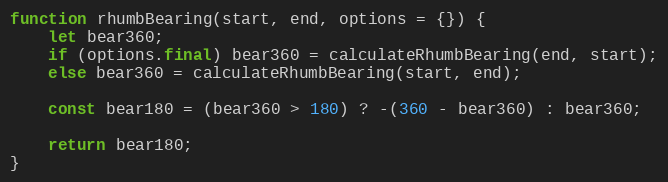
Language: JavaScript
function rhumbBearing(start, end, options = {}) {
    let bear360;
    if (options.final) bear360 = calculateRhumbBearing(end, start);
    else bear360 = calculateRhumbBearing(start, end);

    const bear180 = (bear360 > 180) ? -(360 - bear360) : bear360;

    return bear180;
}